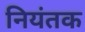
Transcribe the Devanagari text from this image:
नियंतक